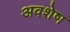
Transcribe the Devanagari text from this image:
अवशेष्‍ा